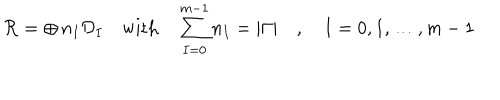
{ \cal R } = \oplus \, n _ { I } { \cal D } _ { I } \quad \mathrm { w i t h } \quad \sum _ { I = 0 } ^ { m - 1 } n _ { I } = | \Gamma | \quad , \quad I = 0 , 1 , \ldots , m - 1